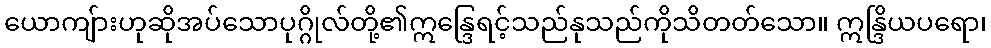
ယောကျ်ားဟုဆိုအပ်သောပုဂ္ဂိုလ်တို့၏ဣန္ဒြေရင့်သည်နုသည်ကိုသိတတ်သော။ ဣန္ဒြိယပရော၊